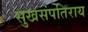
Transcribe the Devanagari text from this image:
सुखसंपतिराय